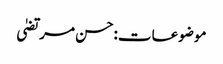
موضوعات:حسن مرتضیٰ